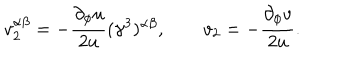
LaTeX: v _ { 2 } ^ { \alpha \beta } = - \frac { \partial _ { \phi } u } { 2 u } ( \gamma ^ { 3 } ) ^ { \alpha \beta } , \qquad v _ { 2 } = - \frac { \partial _ { \phi } v } { 2 u } .